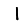
Digit: 1